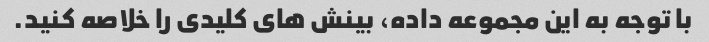
با توجه به این مجموعه داده، بینش های کلیدی را خلاصه کنید.